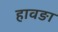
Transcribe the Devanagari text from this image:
हावङा